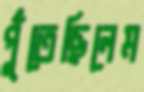
পুঁতেছিলেম